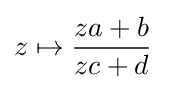
z\mapsto {\frac {za+b}{zc+d}}\